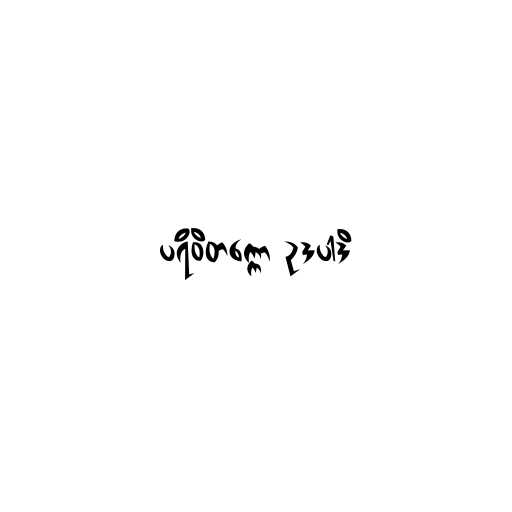
ပရိဝိတက္ကော ဥဒပါဒိ